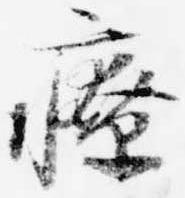
療